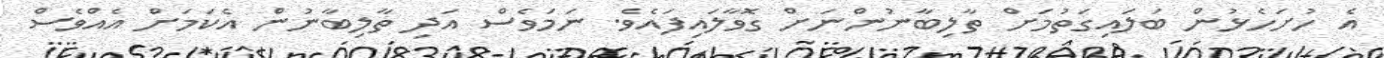
އެ ހުށަހެޅުން ބަލައިގަތުމަށް ތާލިބާނުންނަށް ގޮވާލައިފައެވެ. ނަމަވެސް އަދި ތާލިބާނުން އެކަމަށް އެއްވެސް